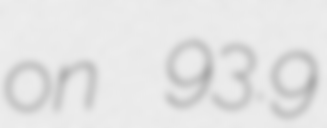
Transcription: on 93.9